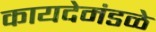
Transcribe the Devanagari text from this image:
कायदेमंडळे